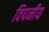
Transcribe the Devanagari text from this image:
विपनीय